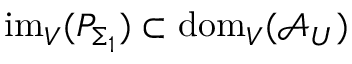
\mathrm { i m } _ { V } ( P _ { \Sigma _ { 1 } } ) \subset \mathrm { d o m } _ { V } ( \mathcal { A } _ { U } )